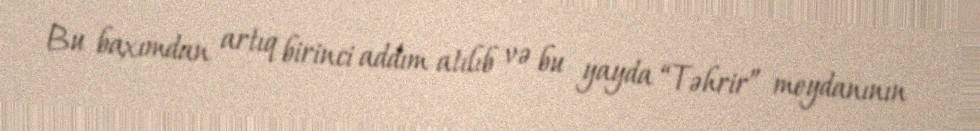
Bu baxımdan artıq birinci addım atılıb və bu yayda “Təhrir” meydanının